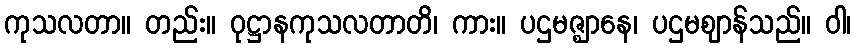
ကုသလတာ။ တည်း။ ဝုဋ္ဌာနကုသလတာတိ၊ ကား။ ပဌမဇ္ဈာနေ၊ ပဌမဈာန်သည်။ ဝါ၊